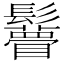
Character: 𩯼